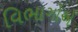
વિભાગોએ